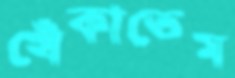
খেঁকাতেম